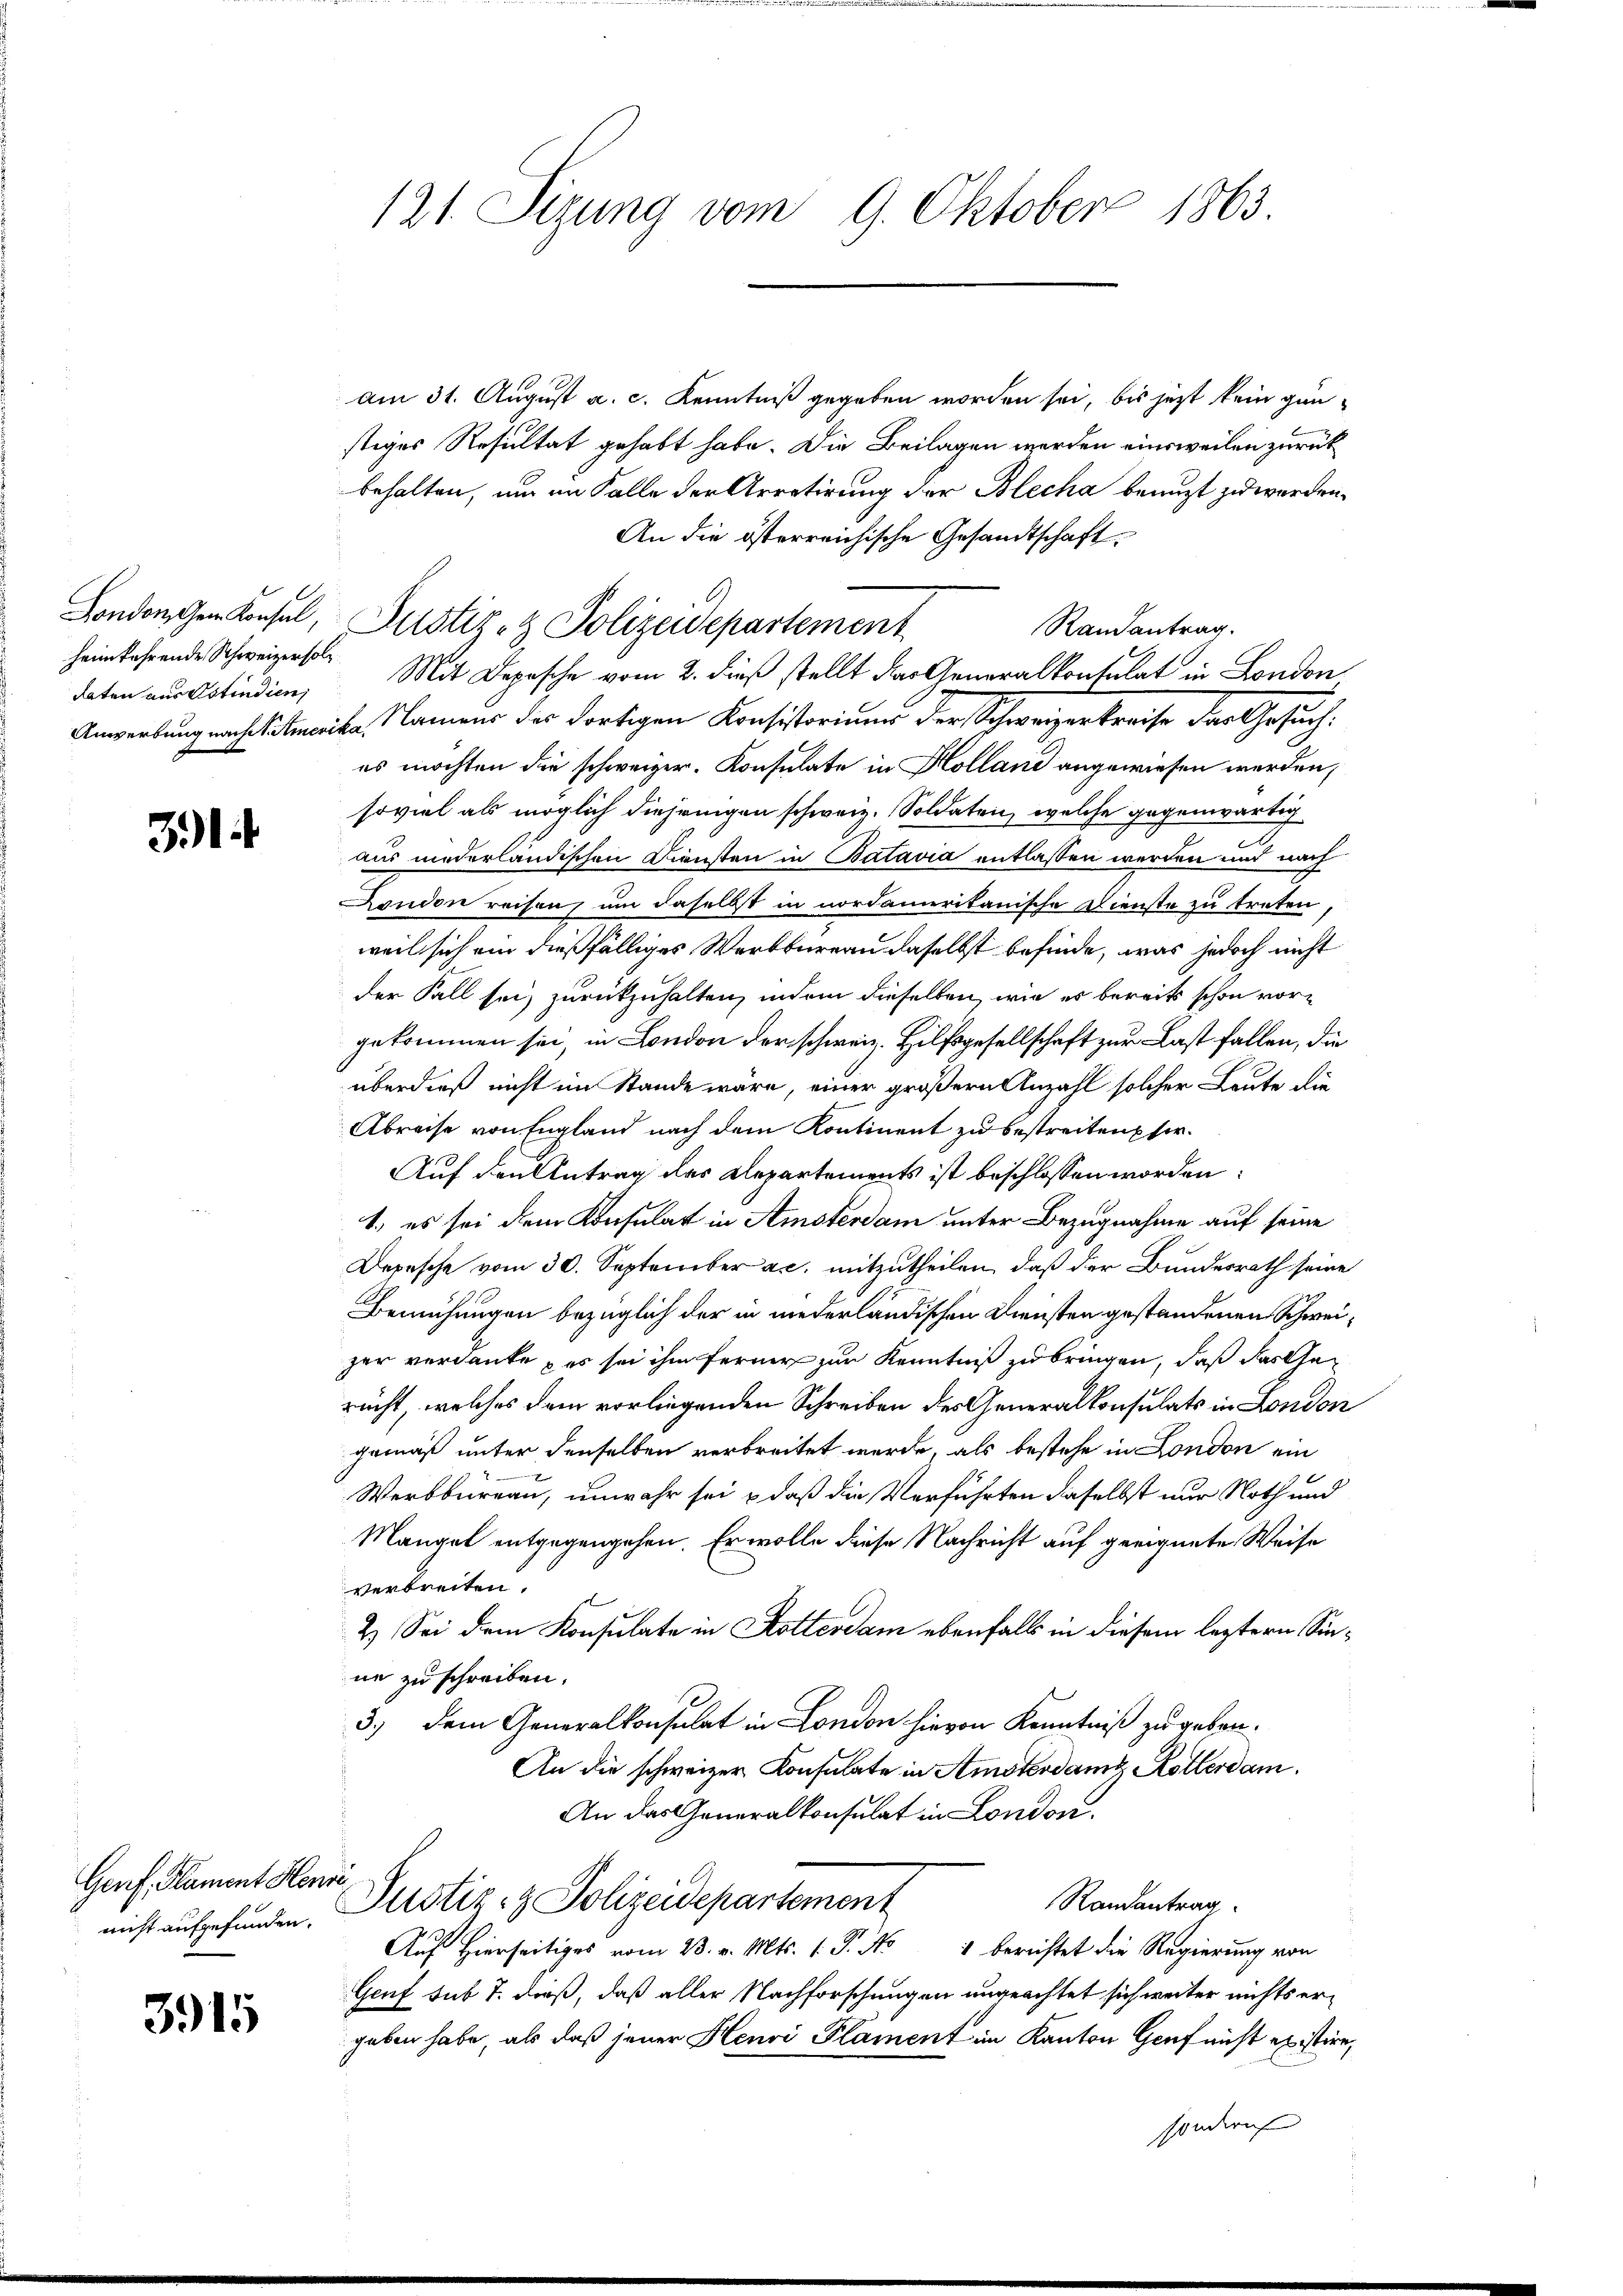
heimkehrende Schweizer soldaten aus Ostindien,

391.

Genf, Flament Henri

3915

Am 31. August a. c. Kenntniß gegeben worden sei, bis jetzt kein ganstiges Resultat gehabt habe. Die Beilagen werden einsweilen zurück
behalten, um im Falle der Arretirung der Blecha beauft zu werden.
An die österreichische Gesandtschaft
Randantrag.
Mit Depesche vom 2. dieß stellt das Generalkonsulat in London,
Anwerbung nach Amerika, Namens des dortigen Konsistorium der Schweizerkreise der Gesuch:
es möchten die schweizer. Konsulate in Holland angewiesen werden,
soviel als möglich diejenigen schweiz. Soldaten, welche gegenwärtig
aus niederländischen Diensten in Batavia entlassen werden und nach
London reisen, um daselbst in nordamerikanische Dienste zu treten
weil sich ein dießfälliges Werkbureau daselbst befinde, was jedoch nicht
der Fall sei, zurückzuhalten, indem dieselben, wie es bereits schon vorgekommen sei, in London der schweiz. Hilfsgesellschaft zur Last fallen, die
überdieß nicht im Stande wäre, einer größern Anzahl solcher Leute die
Abreise von England nach dem Kontinent zu bestreiten sie.
Auf den Antrag des Repartements ist beschlossen worden:
1.) es sei dem Konsulat in Amsterdam unter Bezugnahme auf seine
Depesche vom 30. September a.c. mitzutheilen, daß der Bundesrath seine
Bemühungen bezüglich der in niederländischen Diensten gestandenen Schweizer verdanke, es sei ihm ferner zur Kenntniß zu bringen, daß das Gerecht, welches dem vorliegenden Schreiben des Generalkonsulats in London
gemäß unter denselben verbreitet werde, als bestehe in London ein
Werbbureau, unwahr sei & daß die Verführten dieselbst nur Noth und
Mangel entgegengehen. Er wolle diese Nachricht auf geeignete Weise
verbreiten.
2.) Sei dem Konsulate in Kotterdam ebenfalls in diesem leztern Sinne zu schreiben.
3.) Dem Generalkonsulat in London hievon Kenntniß zu geben¬
An die schweizer Konsulate in Amsterdam Kollerdam.
An das Generalkonsulat in London.
Randantrag
nicht aufgefunden. Altstiz- & Polizeidepartement
Auf Hierseitiges vom 23. v. Mts. 1. P. No 1 berichtet die Regierung von
Genf sub 7. dieß, daß aller Nachforschungen ungeachtet sich weiter nichts ergeben habe, als daß jener Henri Plament im Kanton Genf nicht existire,
sondern

121. Sizung vom 9. Oktober 1863.

London dem Konsul, Justiz- & Polizeidepartement